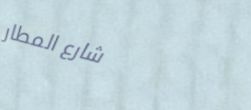
شارع المطار